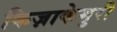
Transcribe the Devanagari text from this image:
किज़ाकेमुरी